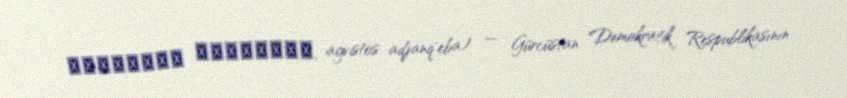
აგვისტოს აჯანყება, agvistos adjanq’eba) — Gürcüstan Demokratik Respublikasının